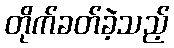
တိုက်ခတ်ခဲ့သည့်